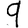
Digit: 9